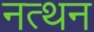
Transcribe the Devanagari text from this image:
नत्थन